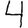
Digit: 4